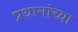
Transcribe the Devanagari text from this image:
प्रधानांच्या